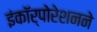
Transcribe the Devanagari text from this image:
इंकॉर्पोरेशनने